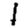
Digit: 1